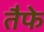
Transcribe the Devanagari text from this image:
तैफे